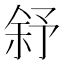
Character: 𱎻